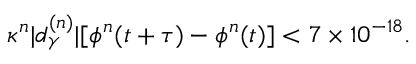
\kappa ^ { n } | d _ { \gamma } ^ { ( n ) } | [ \phi ^ { n } ( t + \tau ) - \phi ^ { n } ( t ) ] < 7 \times 1 0 ^ { - 1 8 } .